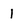
Character: 1